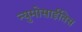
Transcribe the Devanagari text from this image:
न्युमोसाईतिस